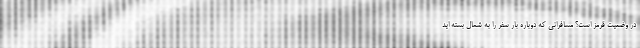
در وضعیت قرمز است؟ مسافرانی که دوباره بار سفر را به شمال بسته اید